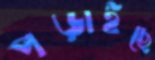
পড়াইছে